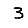
Digit: 3